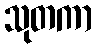
သုတကာ